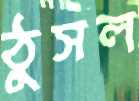
ঠুসল